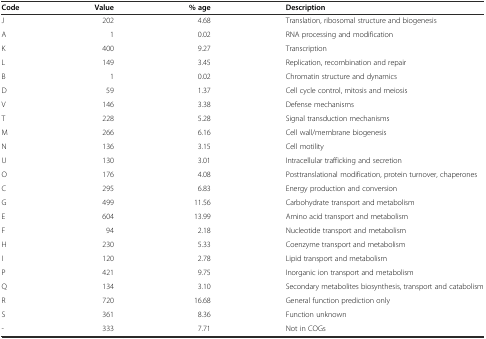
| Code | Value | % age | Description |
 | --- | --- | --- | --- |
 | J | 202 | 4.68 | Translation, ribosomal structure and biogenesis |
 | A | 1 | 0.02 | RNA processing and modification |
 | K | 400 | 9.27 | Transcription |
 | L | 149 | 3.45 | Replication, recombination and repair |
 | B | 1 | 0.02 | Chromatin structure and dynamics |
 | D | 59 | 1.37 | Cell cycle control, mitosis and meiosis |
 | V | 146 | 3.38 | Defense mechanisms |
 | T | 228 | 5.28 | Signal transduction mechanisms |
 | M | 266 | 6.16 | Cell wall/membrane biogenesis |
 | N | 136 | 3.15 | Cell motility |
 | U | 130 | 3.01 | Intracellular trafficking and secretion |
 | O | 176 | 4.08 | Posttranslational modification, protein turnover, chaperones |
 | C | 295 | 6.83 | Energy production and conversion |
 | G | 499 | 11.56 | Carbohydrate transport and metabolism |
 | E | 604 | 13.99 | Amino acid transport and metabolism |
 | F | 94 | 2.18 | Nucleotide transport and metabolism |
 | H | 230 | 5.33 | Coenzyme transport and metabolism |
 | I | 120 | 2.78 | Lipid transport and metabolism |
 | P | 421 | 9.75 | Inorganic ion transport and metabolism |
 | Q | 134 | 3.10 | Secondary metabolites biosynthesis, transport and catabolism |
 | R | 720 | 16.68 | General function prediction only |
 | S | 361 | 8.36 | Function unknown |
 | - | 333 | 7.71 | Not in COGs |